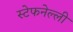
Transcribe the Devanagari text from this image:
स्टेफनेल्ली